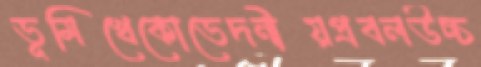
ভূমিখেকোভেদনীয়প্রবলউচ্চ